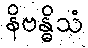
နိဗန္ဓိသံ